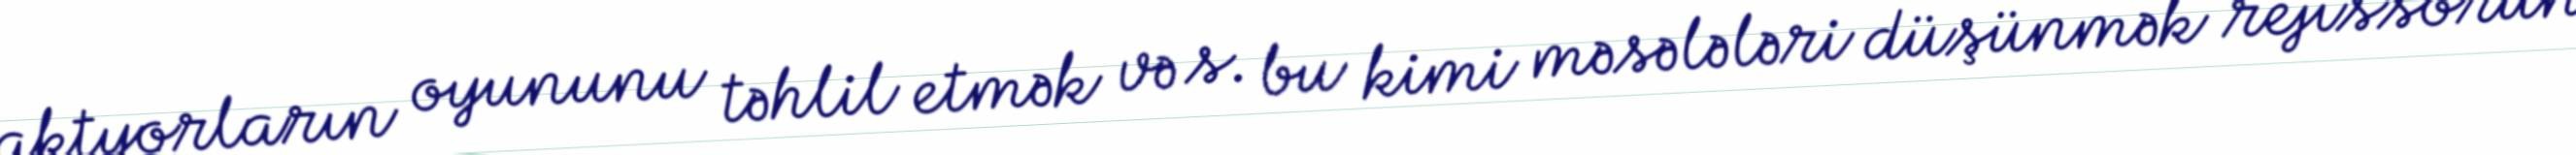
aktyorların oyununu təhlil etmək və s. bu kimi məsələləri düşünmək rejissorun